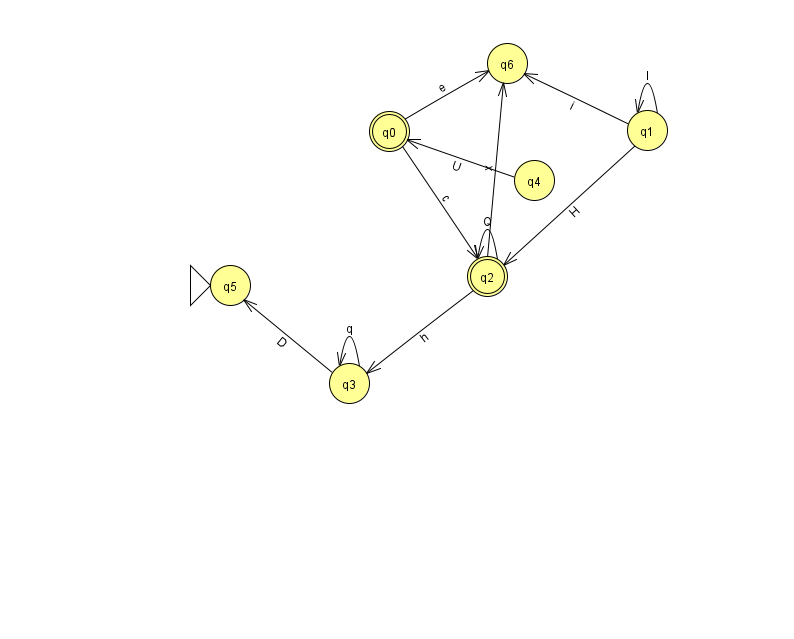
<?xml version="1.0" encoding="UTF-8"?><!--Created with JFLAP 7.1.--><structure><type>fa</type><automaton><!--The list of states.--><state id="0" name="q0"><x>389.0</x><y>118.0</y><final/></state><state id="1" name="q1"><x>647.0</x><y>117.0</y></state><state id="2" name="q2"><x>487.0</x><y>263.0</y><final/></state><state id="3" name="q3"><x>349.0</x><y>370.0</y></state><state id="4" name="q4"><x>534.0</x><y>167.0</y></state><state id="5" name="q5"><x>230.0</x><y>272.0</y><initial/></state><state id="6" name="q6"><x>507.0</x><y>50.0</y></state><!--The list of transitions.--><transition><from>2</from><to>6</to><read>x</read></transition><transition><from>2</from><to>2</to><read>Q</read></transition><transition><from>3</from><to>3</to><read>q</read></transition><transition><from>0</from><to>2</to><read>c</read></transition><transition><from>1</from><to>2</to><read>H</read></transition><transition><from>0</from><to>6</to><read>e</read></transition><transition><from>2</from><to>3</to><read>h</read></transition><transition><from>3</from><to>5</to><read>D</read></transition><transition><from>1</from><to>1</to><read>l</read></transition><transition><from>4</from><to>0</to><read>U</read></transition><transition><from>1</from><to>6</to><read>i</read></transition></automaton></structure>